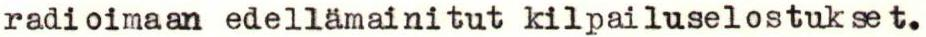
radioimaan edellämainitut kilpailuselostukset.